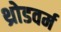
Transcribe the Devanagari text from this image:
थ्रोडवर्म